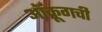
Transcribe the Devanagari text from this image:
ऑक्रूगची